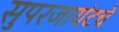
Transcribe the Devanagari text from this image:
सुपरजायंटचे